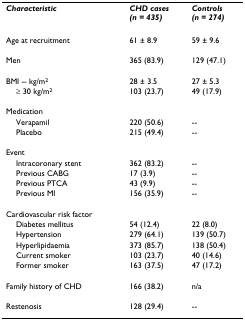
<table><thead><tr><td><b><i>Characteristic</i></b></td><td><b><i>CHD cases</i><i>(n = 435)</i></b></td><td><b><i>Controls</i><i>(n = 274)</i></b></td></tr></thead><tbody><tr><td>Age at recruitment</td><td>61 ± 8.9</td><td>59 ± 9.6</td></tr><tr><td>Men</td><td>365 (83.9)</td><td>129 (47.1)</td></tr><tr><td>BMI -- kg/m<sup>2</sup></td><td>28 ± 3.5</td><td>27 ± 5.3</td></tr><tr><td> ≥ 30 kg/m<sup>2</sup></td><td>103 (23.7)</td><td>49 (17.9)</td></tr><tr><td>Medication</td><td></td><td></td></tr><tr><td> Verapamil</td><td>220 (50.6)</td><td>--</td></tr><tr><td> Placebo</td><td>215 (49.4)</td><td>--</td></tr><tr><td>Event</td><td></td><td></td></tr><tr><td> Intracoronary stent</td><td>362 (83.2)</td><td>--</td></tr><tr><td> Previous CABG</td><td>17 (3.9)</td><td>--</td></tr><tr><td> Previous PTCA</td><td>43 (9.9)</td><td>--</td></tr><tr><td> Previous MI</td><td>156 (35.9)</td><td>--</td></tr><tr><td>Cardiovascular risk factor</td><td></td><td></td></tr><tr><td> Diabetes mellitus</td><td>54 (12.4)</td><td>22 (8.0)</td></tr><tr><td> Hypertension</td><td>279 (64.1)</td><td>139 (50.7)</td></tr><tr><td> Hyperlipidaemia</td><td>373 (85.7)</td><td>138 (50.4)</td></tr><tr><td> Current smoker</td><td>103 (23.7)</td><td>40 (14.6)</td></tr><tr><td> Former smoker</td><td>163 (37.5)</td><td>47 (17.2)</td></tr><tr><td>Family history of CHD</td><td>166 (38.2)</td><td>n/a</td></tr><tr><td>Restenosis</td><td>128 (29.4)</td><td>--</td></tr></tbody></table>